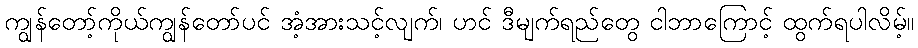
ကျွန်တော့်ကိုယ်ကျွန်တော်ပင် အံ့အားသင့်လျက်၊ ဟင် ဒီမျက်ရည်တွေ ငါဘာကြောင့် ထွက်ရပါလိမ့်။